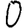
Digit: 0